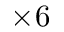
\times 6